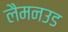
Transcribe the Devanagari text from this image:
लैमनउड